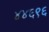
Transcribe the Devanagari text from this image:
४४६९६